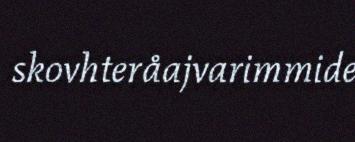
skovhteråajvarimmide